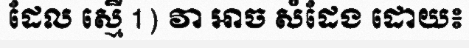
ដែល ស្មើ 1) វា អាច សំដែង ដោយ៖